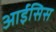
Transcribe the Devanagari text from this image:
आईसिस